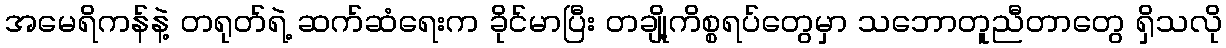
အမေရိကန်နဲ့ တရုတ်ရဲ့ ဆက်ဆံရေးက ခိုင်မာပြီး တချို့ကိစ္စရပ်တွေမှာ သဘောတူညီတာတွေ ရှိသလို